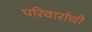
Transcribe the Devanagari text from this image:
परिवारांची